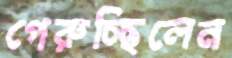
পেরুচ্ছিলেন